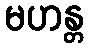
မဟန္တ